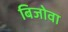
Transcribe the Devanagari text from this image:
बिजोवा